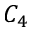
C _ { 4 }